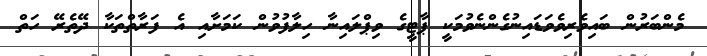
މެންބަރުން ބައިވެރިވެވަޑައިނުގެންނެވުމަކީ ޕާޓީގެ ވިޕްލައިނާ ހިލާފުވުން ކަމަށާއި އެ ފަރާތްތަކާ ދޭތެރޭ ހަތް